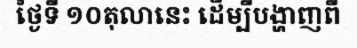
ថ្ងៃទី ១០តុលានេះ ដើម្បីបង្ហាញពី